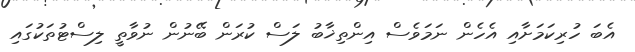
އެބަ ހުރިކަމަށާއި އެހެން ނަމަވެސް އިންތިޚާބު ލަސް ކުރަން ބޭނުން ނުވާތީ ލިސްޓުތަކުގައި